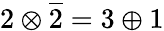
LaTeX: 2\otimes{\overline{{2}}}=3\oplus 1